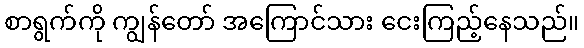
စာရွက်ကို ကျွန်တော် အကြောင်သား ငေးကြည့်နေသည်။